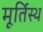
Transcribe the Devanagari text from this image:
मूर्तिस्थ